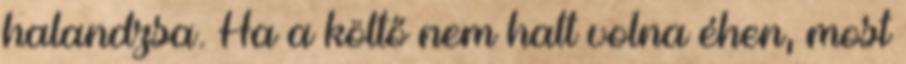
halandzsa. Ha a költő nem halt volna éhen, most